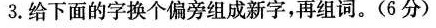
3.给下面的字换个偏旁组成新字，再组词。(6分)